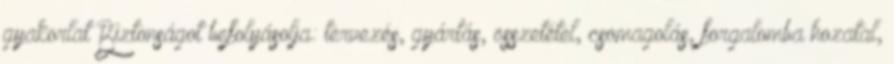
gyakorlat Biztonságot befolyásolja: tervezés, gyártás, összetétel, csomagolás, forgalomba hozatal,